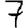
Digit: 7